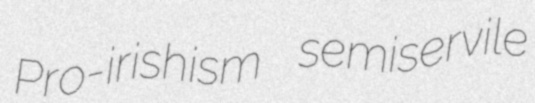
Pro-irishism semiservile